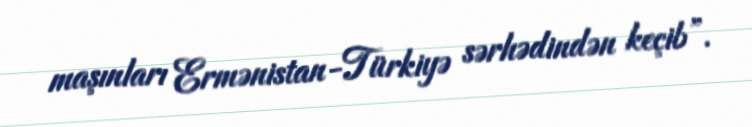
maşınları Ermənistan-Türkiyə sərhədindən keçib”.